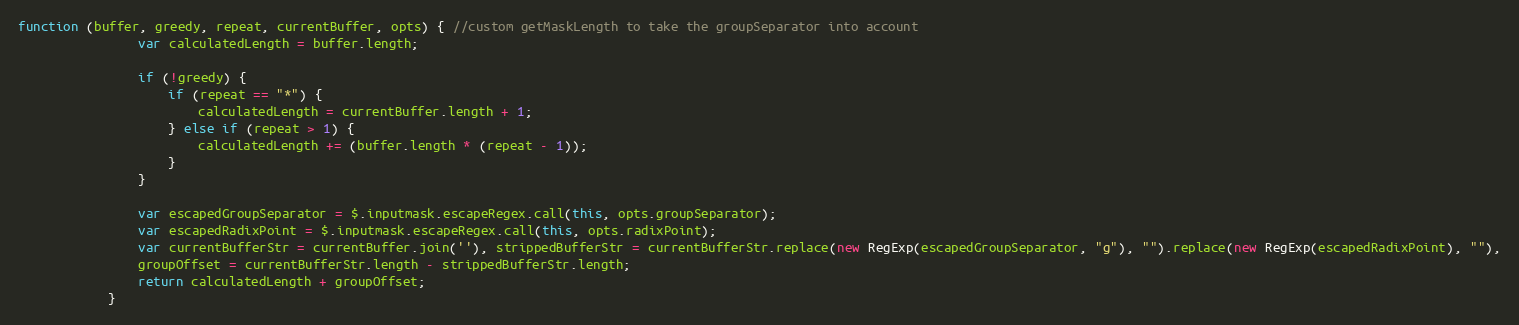
Language: JavaScript
function (buffer, greedy, repeat, currentBuffer, opts) { //custom getMaskLength to take the groupSeparator into account
                var calculatedLength = buffer.length;

                if (!greedy) {
                    if (repeat == "*") {
                        calculatedLength = currentBuffer.length + 1;
                    } else if (repeat > 1) {
                        calculatedLength += (buffer.length * (repeat - 1));
                    }
                }

                var escapedGroupSeparator = $.inputmask.escapeRegex.call(this, opts.groupSeparator);
                var escapedRadixPoint = $.inputmask.escapeRegex.call(this, opts.radixPoint);
                var currentBufferStr = currentBuffer.join(''), strippedBufferStr = currentBufferStr.replace(new RegExp(escapedGroupSeparator, "g"), "").replace(new RegExp(escapedRadixPoint), ""),
                groupOffset = currentBufferStr.length - strippedBufferStr.length;
                return calculatedLength + groupOffset;
            }